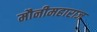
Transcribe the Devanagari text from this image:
मौनीमहाराज